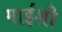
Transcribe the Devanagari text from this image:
गाईशी